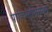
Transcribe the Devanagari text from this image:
पाकिस्तानमधून